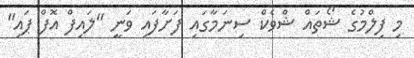
މި ފިލްމުގެ ޝޯތައް ޝްވެކް ސިނަމާގައި ފަށާފައި ވަނީ "ލައިފް އޮފް ޕައި"